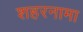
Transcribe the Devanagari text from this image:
शहरनामा